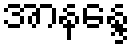
အာနန္ဒေ